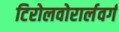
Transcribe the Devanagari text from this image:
टिरोलवोरार्लवर्ग